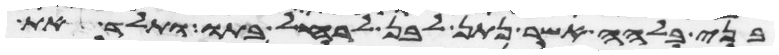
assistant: בני בלהה אשר נתן לבן לרחל בתו ותלד את